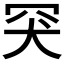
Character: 𦊅